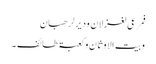
فمرعی لغزلان ودیر لرھبان
وبیت الاوثان وکعبۃ طائف ۔